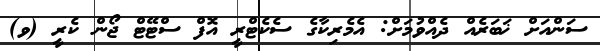
ސަންއަށް ޚަބަރެއް ދެއްވުމަށް: އެމެރިކާގެ ސެކެޓްރީ އޮފް ސްޓޭޓް ޖޯން ކެރީ (ވ)